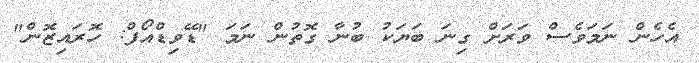
އެހެން ނަމަވެސް ވަރަށް ގިނަ ބަޔަކު ބުނާ ގޮތުން ނަމަ "ޑޭވިޑްއޯފް: ހޮރައިޒޮން"